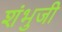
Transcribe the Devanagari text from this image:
शंभुजी